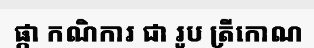
ផ្កា កណិការ ជា រូប ត្រីកោណ